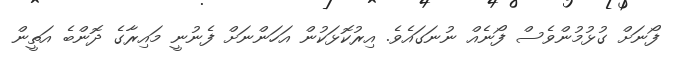
ފޯނަށް ގުޅުމުންވެސް ފޯނެއް ނުނަގައެވެ. އިރުކޮޅަކުން އަހަންނަށް ފެނުނީ މައިރާގެ ދޮންބެ އަތީން